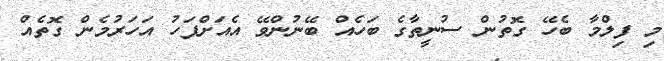
މި ފިލްމާ ބެހޭ ގޮތުން ސުނީތާގެ ބަހެއް ބޭނުންވޭ އެއަށްފަހު އަހަރުމެން ގޮތެއް